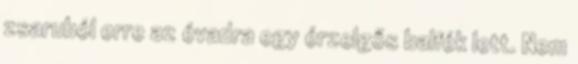
zsaruból erre az évadra egy érzelgős balfék lett. Nem